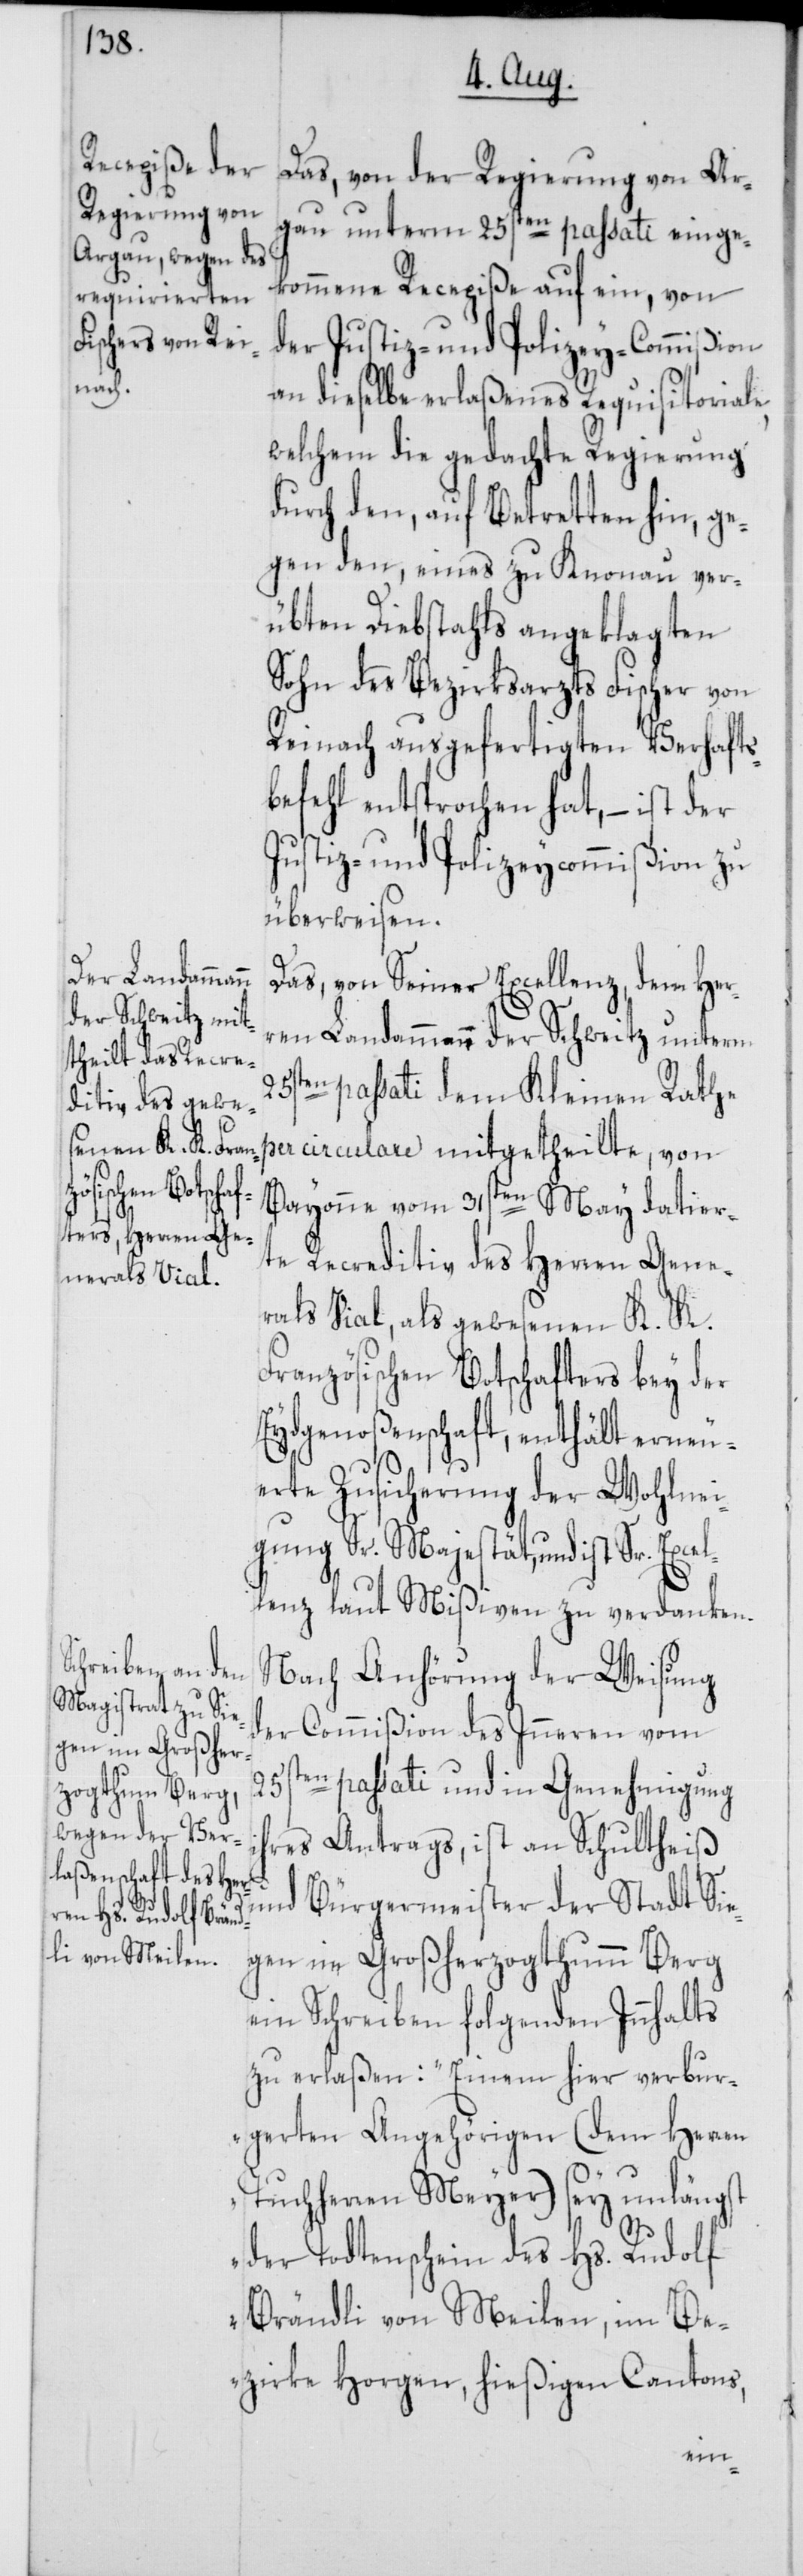
Das, von der Regierung von Ar¬
gau unterm 25sten passati einge¬
kommene Recepiße auf ein, von
der Justiz- und Polizey-Commißion
an dieselbe erlaßenes Requisitoriale,
welchem die gedachte Regierung
durch den, auf Betretten hin, ge¬
gen den, eines zu Knonau ver¬
übten Diebstahls angeklagten
Sohn des Bezirksarzts Fischer von
Reinach ausgefertigten Verhafts¬
befehl entsprochen hat, – ist der
Justiz- und Polizeycommißion zu
überweisen.
Das, von Seiner Excellenz, dem Her¬
ren Landammann der Schweitz unterm
ten passati dem Kleinen Rathe
per circulare mitgetheilte, von
Bayonne vom 31sten May datier¬
te Recreditiv des Herren Gene¬
ralen Vial, als gewesenen K. K.
Französischen Botschafters bey der
Eydgenoßenschaft, enthält erneu¬
erte Zusicherung der Wohlnei¬
gung Sr. Majestät, und ist Sr. Excel¬
lenz laut Mißiven zu verdanken.
Nach Anhörung der Weisung
der Commißion des Inneren vom
i¬
25sten passati und in Genehmigung
hres Antrags, ist an Schultheiß
und Bürgermeister der Stadt Sie¬
gen im Großherzogthumm Berg
ein Schreiben folgenden Innhalts
zu erlaßen: „Einem hier verbur¬
gerten Angehörigen (dem Herren
Tuchherren Meyer) sey unlängst
der Todtenschein des Hs. Rudolf
Brändli von Meilen, im Be¬
zirke Horgen, hießigen Cantons,